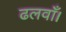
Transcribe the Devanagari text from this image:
ढलवाँ।